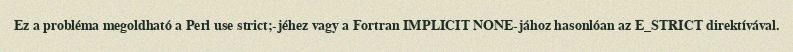
Ez a probléma megoldható a Perl use strict;-jéhez vagy a Fortran IMPLICIT NONE-jához hasonlóan az E_STRICT direktívával.